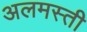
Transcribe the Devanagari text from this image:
अलमस्ती